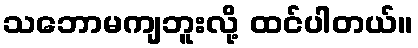
သဘောမကျဘူးလို့ ထင်ပါတယ်။